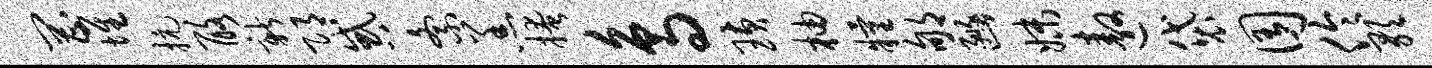
罔堆抗酪新邛惑紊羔掩鸟璜柚粮郇豳妹遨袋囿伶歌